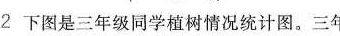
下图是三年级同学植树情况统计图。三年